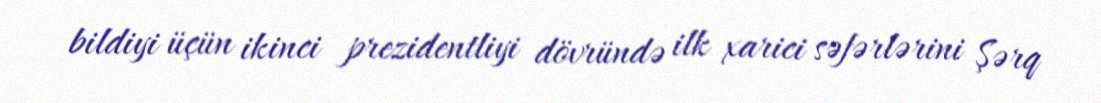
bildiyi üçün ikinci prezidentliyi dövründə ilk xarici səfərlərini Şərq